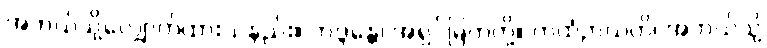
အဘယ်သို့လျှောက်ထားသနည်း။ ဘဒ္ဒန္တေ၊ အရှင်မြတ်တို့။ ကထံဉာယတိ၊ အဘယ်သို့